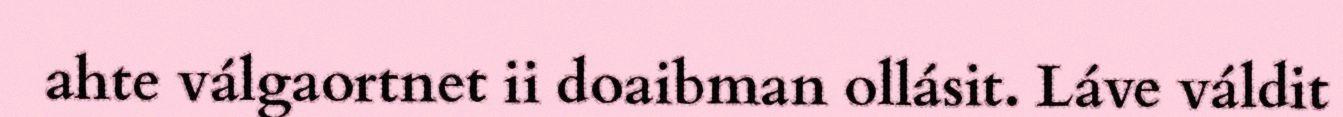
ahte válgaortnet ii doaibman ollásit. Láve váldit